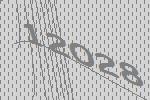
12028